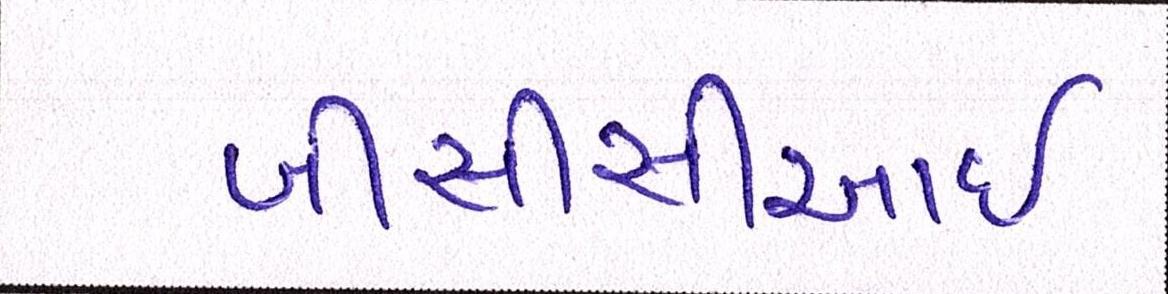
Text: બીસીસીઆઇ